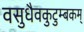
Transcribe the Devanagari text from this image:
वसुधैवकुटुम्बकम्